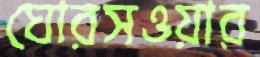
ঘোরসওয়ার